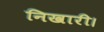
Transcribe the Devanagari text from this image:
निखारी।